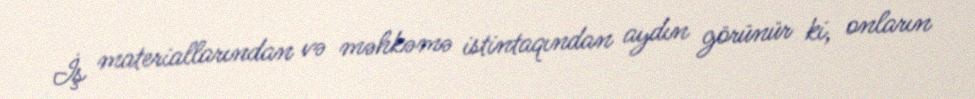
İş materiallarından və məhkəmə istintaqından aydın görünür ki, onların